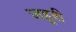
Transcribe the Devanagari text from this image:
जहूरी